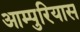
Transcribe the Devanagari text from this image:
आम्पुरियास